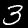
Digit: 3